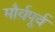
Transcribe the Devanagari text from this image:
मौर्यपूर्व